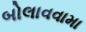
બોલાવવામા